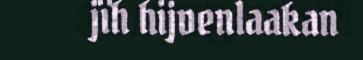
jïh hijvenlaakan